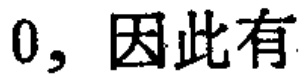
0, 因此有